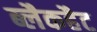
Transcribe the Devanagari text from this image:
ब्लैकहैट